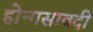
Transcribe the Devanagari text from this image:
होन्गसावदी